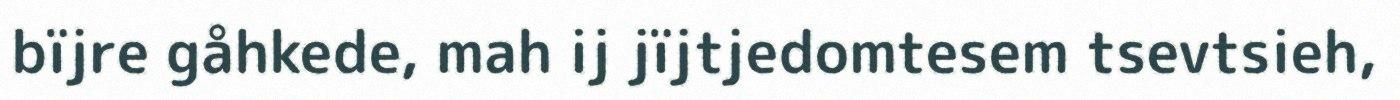
bïjre gåhkede, mah ij jïjtjedomtesem tsevtsieh,